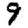
Digit: 9